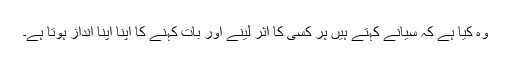
وہ کیا ہے کہ سیانے کہتے ہیں ہر کسی کا اثر لینے اور بات کہنے کا اپنا اپنا انداز ہوتا ہے۔